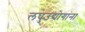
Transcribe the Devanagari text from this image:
लघुउद्योगांना